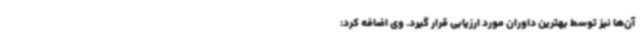
آن‌ها نیز توسط بهترین داوران مورد ارزیابی قرار گیرد. وی اضافه کرد: